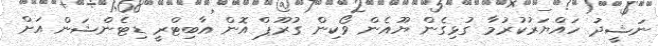
ނަޝީދު ހައްޔަރުކުރުމާ ގުޅިގެން ޔޫއެން ވޯކިން ގުރޫޕް އޮން އާބިޓްރީ ޑިޓެންޝަން އަށް